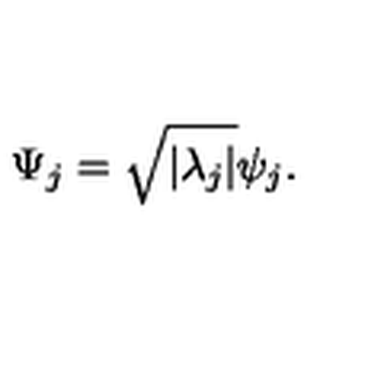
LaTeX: \Psi _ { j } = \sqrt { | \lambda _ { j } | } \psi _ { j } .